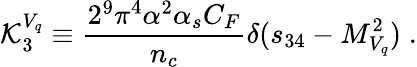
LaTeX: {\cal K}_{3}^{V_{q}}\equiv{\frac{2^{9}\pi^{4}\alpha^{2}\alpha_{s}C_{F}}{n_{c}}}\delta(s_{34}-M_{V_{q}}^{2})\; .